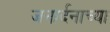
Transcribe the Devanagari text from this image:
जनार्दनाच्या